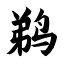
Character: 鹈